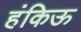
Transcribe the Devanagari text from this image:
हंकिऊ